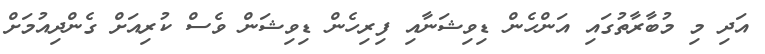
އަދި މި މުބާރާތުގައި އަންހެން ޑިވިޝަނާއި ފިރިހެން ޑިވިޝަން ވެސް ކުރިއަށް ގެންދިއުމަށް